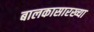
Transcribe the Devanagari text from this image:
बालकासारख्या